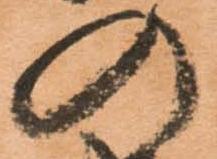
の